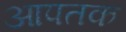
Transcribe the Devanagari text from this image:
आपतक